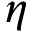
\eta